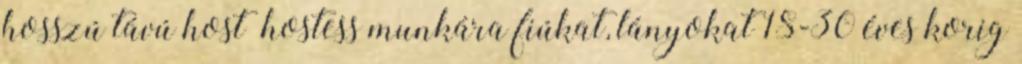
hosszú távú host hostess munkára fiúkat, lányokat 18-30 éves korig